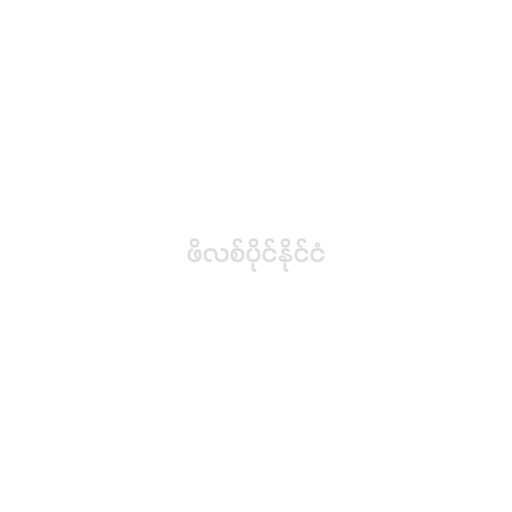
ဖိလစ်ပိုင်နိုင်ငံ